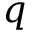
q